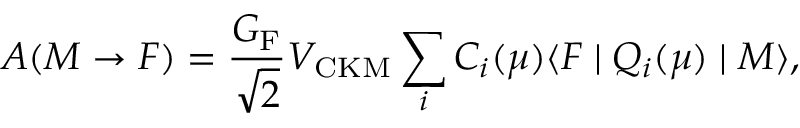
A ( M \to F ) = \frac { G _ { \mathrm { F } } } { \sqrt 2 } V _ { \mathrm { C K M } } \sum _ { i } C _ { i } ( \mu ) \langle F \mid Q _ { i } ( \mu ) \mid M \rangle ,